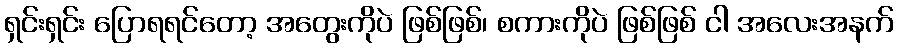
ရှင်းရှင်း ပြောရရင်တော့ အတွေးကိုပဲ ဖြစ်ဖြစ်၊ စကားကိုပဲ ဖြစ်ဖြစ် ငါ အလေးအနက်